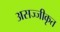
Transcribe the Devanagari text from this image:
असज्जीकृत